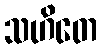
သဟိတေ